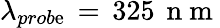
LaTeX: \lambda_{prob\mathrm{e}}\, =\, 325\, \mathrm{{~n~m~}}